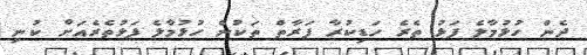
ދެން ހުޅުމާލެ ފަޅު ތެރެ ހަޑިކުރާ ފަރާތް ތަކުން ހުޅުމާލެ ފަޅުތެރެއަށް ކުނި